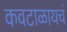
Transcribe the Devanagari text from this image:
कवटाळायचं